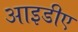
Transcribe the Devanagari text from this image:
आइडीए